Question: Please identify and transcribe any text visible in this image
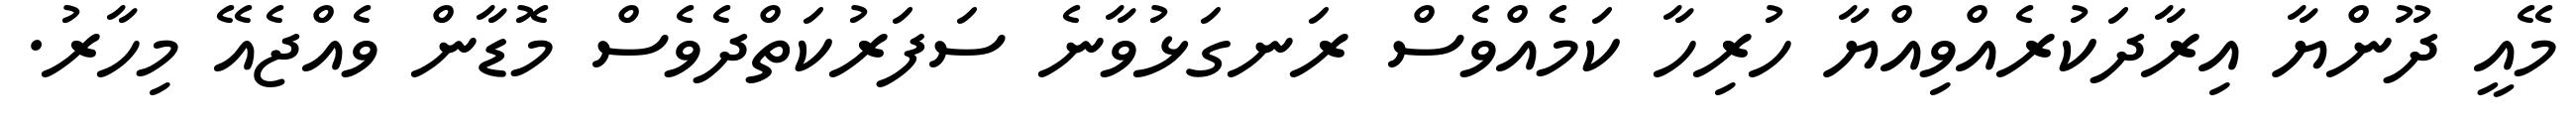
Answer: މޭއީ ދޫންޔާ އިރާދަކުރެއްވިއްޔާ ހުރިހާ ކަމެއްވެސް ރަނގަޅުވާނެ ސަފަރުކަތްދެވެސް މޮޑާން ވެއްޖެއޭ މިހާރު.